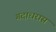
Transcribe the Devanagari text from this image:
गदाधरास